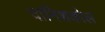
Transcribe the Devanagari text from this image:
दानिशकोल